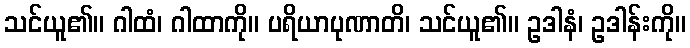
သင်ယူ၏။ ဂါထံ၊ ဂါထာကို။ ပရိယာပုဏာတိ၊ သင်ယူ၏။ ဥဒါနံ၊ ဥဒါန်းကို။